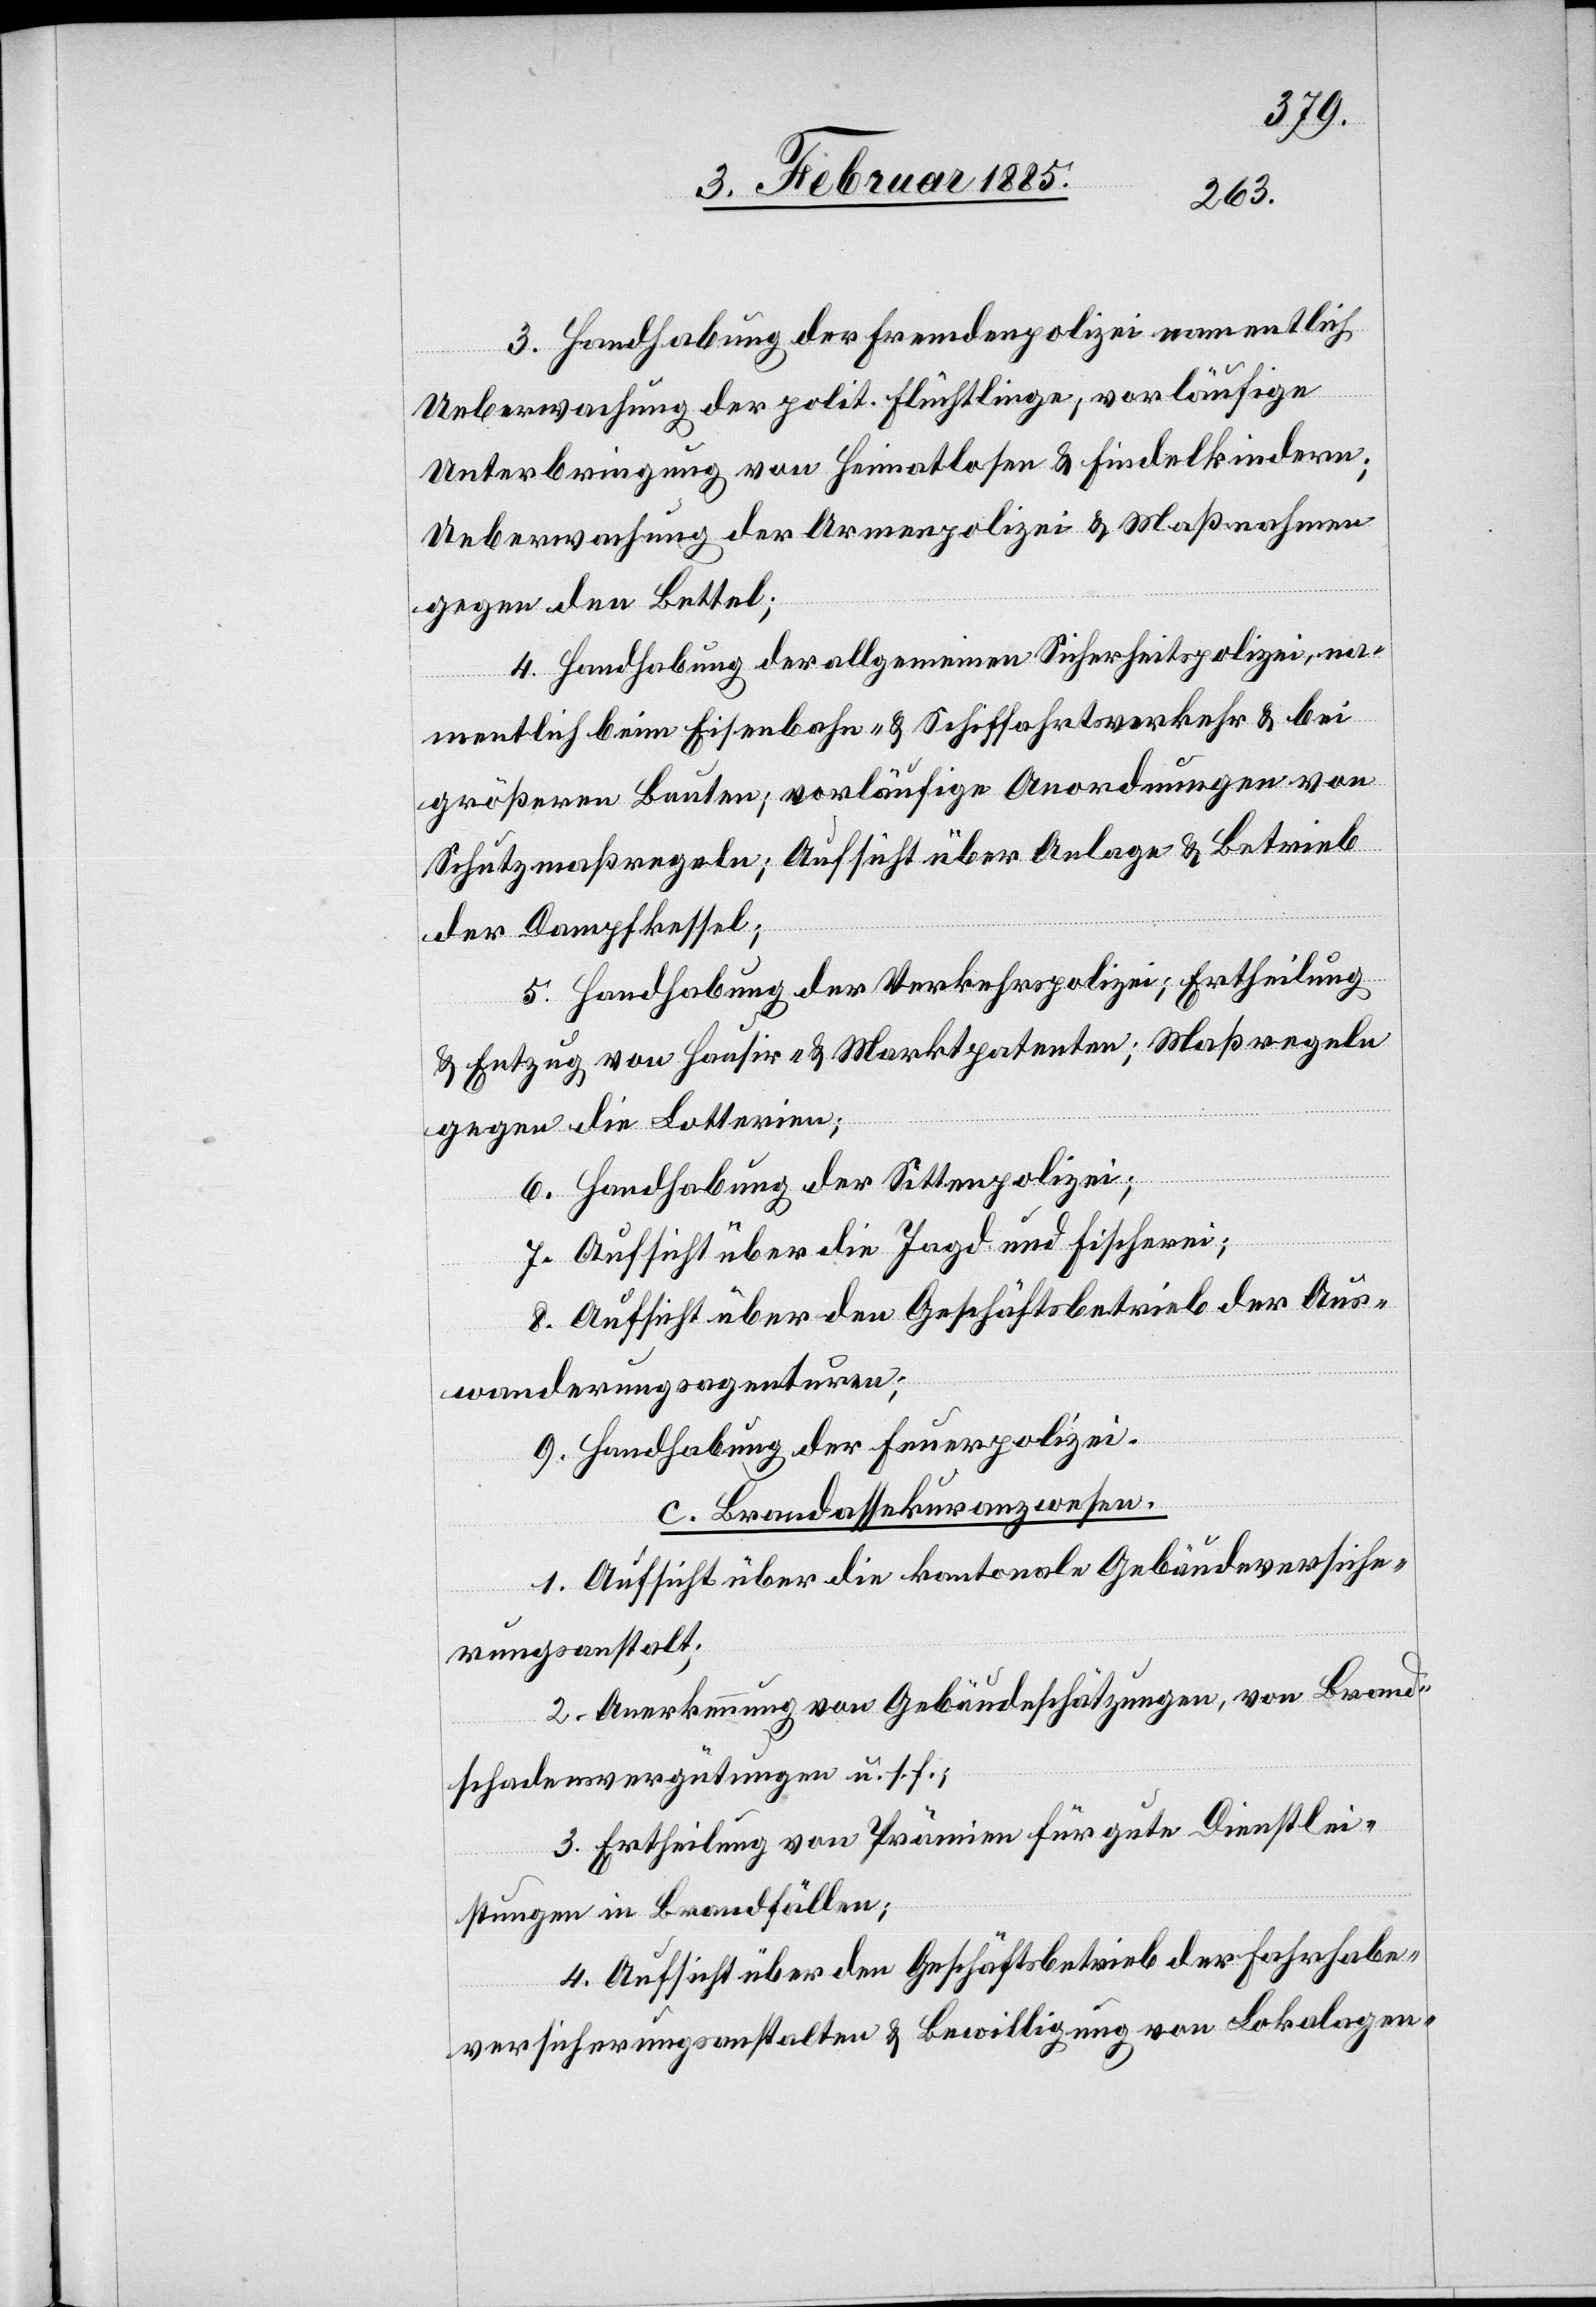
3. Handhabung der Fremdenpolizei vom namentlich
Ueberwachung der polit. Flüchtlinge; vorläufige
Unterbringung von Heimatlosen & Findelkindern;
Ueberwachung der Armenpolizei & Maßnahmen
gegen den Bettel;
4. Handhabung der allgemeinen Sicherheitspolizei, na¬
mentlich beim Eisenbahn- & Schiffahrtsverkehr & bei
größeren Bauten; vorläufige Anordnungen von
Schutzmaßregeln; Aufsicht über Anlage & Betrieb
der Dampfkessel;
5. Handhabung der Verkehrspolizei; Ertheilung
& Entzug von Hausir- & Marktpatenten; Maßregeln
gegen die Lotterien;
6. Handhabung der Sittenpolizei;
7. Aufsicht über die Jagd und Fischerei;
8. Aufsicht über den Geschäftsbetrieb der Aus¬
wanderungsagenturen;
9. Handhabung der Feuerpolizei.
c. Brandassekuranzwesen.
1. Aufsicht über die kantonale Gebäudeversiche¬
rungsanstalt;
2. Anerkennung von Gebäudeschätzungen, von Brand¬
schadenvergütungen u. s. f.;
3. Ertheilung von Prämien für gute Dienstlei¬
stungen in Brandfällen;
4. Aufsicht über den Geschäftsbetrieb der Fahrhabe¬
versicherungsanstalten & Bewilligung von Lokalagen-